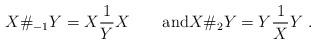
LaTeX: \begin{align*}X\#_{-1} Y = X \frac{1}{Y} X \qquad{\rm and}X\#_2 Y = Y\frac{1}{X} Y\ .\end{align*}